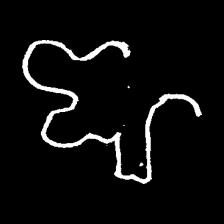
Pyu character \u2014 Myanmar letter: ဈ (romanized: jha)